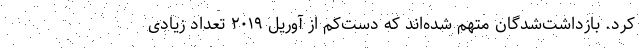
کرد. بازداشت‌شدگان متهم شده‌اند که دست‌کم از آوریل ۲۰۱۹ تعداد زیادی